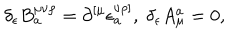
LaTeX: \delta _ { \epsilon } B _ { a } ^ { \mu \nu \rho } = \partial _ { } ^ { \left[ \mu \right. } \epsilon _ { a } ^ { \left. \nu \rho \right] } , \; \delta _ { \epsilon } A _ { \mu } ^ { a } = 0 ,